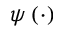
\psi \left( \cdot \right)